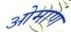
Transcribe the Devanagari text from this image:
ओमाण